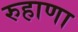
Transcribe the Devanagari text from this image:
रुहाणा